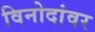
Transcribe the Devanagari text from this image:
विनोदांवर